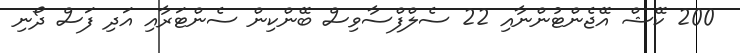
200 ކޭޝް އޭޖެންޓުންނާއި 22 ސެލްފްސާވިސް ބޭންކިން ސެންޓަރާއި އަދި ފަސް ދޯނި